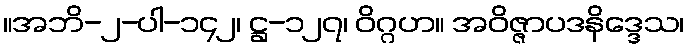
။အဘိ-၂-ပါ-၁၄၂၊ ဋ္ဌ-၁၂၇၊ ဝိဂ္ဂဟ။ အဝိဇ္ဇာပဒနိဒ္ဒေသ၊